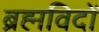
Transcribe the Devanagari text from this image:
ब्रह्मविदों